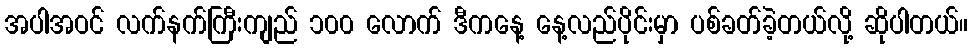
အပါအဝင် လက်နက်ကြီးကျည် ၁၀၀ လောက် ဒီကနေ့ နေ့လည်ပိုင်းမှာ ပစ်ခတ်ခဲ့တယ်လို့ ဆိုပါတယ်။